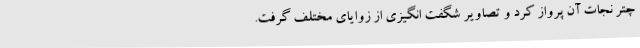
چتر نجات آن پرواز کرد و تصاویر شگفت انگیزی از زوایای مختلف گرفت.